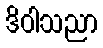
ဒိဝါသညာ